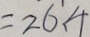
= 2 6 . 4